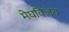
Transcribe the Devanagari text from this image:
मेघविजय